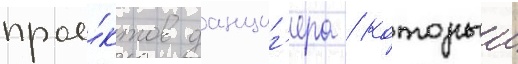
прое́ктов данциг'ера / которыи